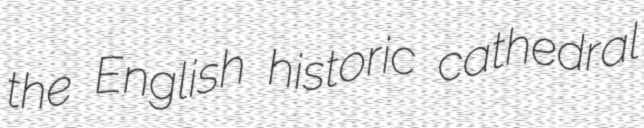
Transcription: the English historic cathedral